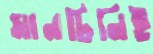
মানচিনিই